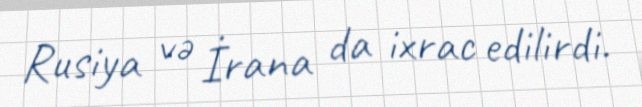
Rusiya və İrana da ixrac edilirdi.